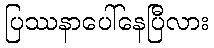
ပြဿနာပေါ်နေပြီလား